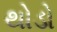
થોડો